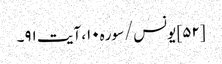
[۵۲] یونس/سوره۱۰، آیت ۹۱۔